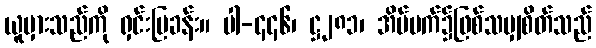
ယူမှားသည်ကို ရှင်းပြခန်း။ ပါ-၄၄၆၊ ဋ္ဌ၂၈၁၊ အိပ်မက်၌ဖြစ်သမျှစိတ်သည်